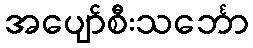
အပျော်စီးသင်္ဘော